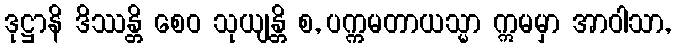
ဒုဋ္ဌာနိ ဒိဿန္တိ စေဝ သုယျန္တိ စ, ပက္ကမတာယသ္မာ ဣမမှာ အာဝါသာ,